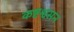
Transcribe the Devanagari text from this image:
कष्टश्वसन